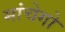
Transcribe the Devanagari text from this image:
मांचेगो